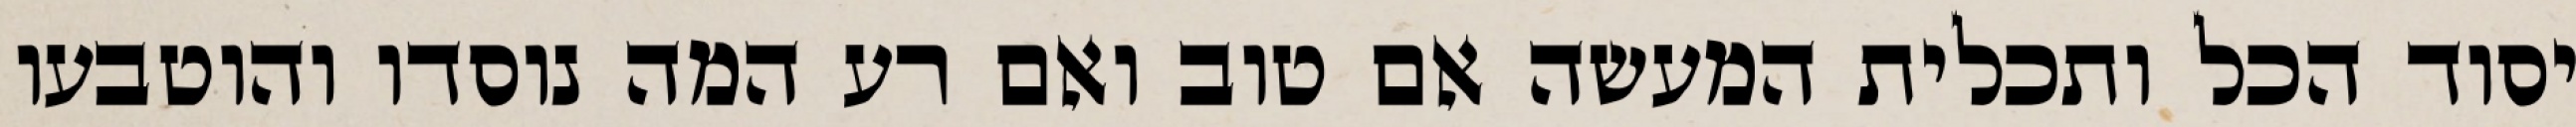
יסוד הכל ותכלית המעשה אם טוב ואם רע המה נוסדו והוטבעו